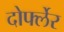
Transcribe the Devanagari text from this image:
दोर्फ्लेर